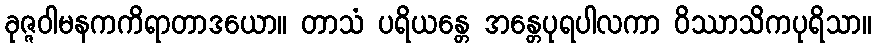
ခုဇ္ဇဝါမနကကိရာတာဒယော။ တာသံ ပရိယန္တေ အန္တေပုရပါလကာ ဝိဿာသိကပုရိသာ။